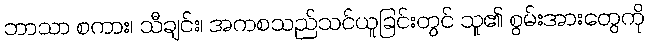
ဘာသာ စကား၊ သီချင်း၊ အကစသည်သင်ယူခြင်းတွင် သူ၏ စွမ်းအားတွေကို